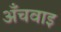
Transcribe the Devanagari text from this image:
अँचवाइ